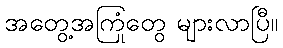
အတွေ့အကြုံတွေ များလာပြီ။